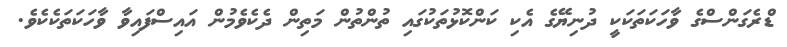
ޑްރެގަންސްގެ ވާހަކަތަކަކީ ދުނިޔޭގެ އެކި ކަންކޮޅުތަކުގައި ތުންތުން މަތިން ދެކެވެމުން އައިސްފައިވާ ވާހަކަތަކެކެވެ.